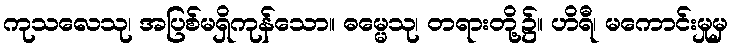
ကုသလေသု၊ အပြစ်မရှိကုန်သော။ ဓမ္မေသု၊ တရားတို့၌။ ဟိရီ၊ မကောင်းမှုမှ